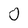
Character: 0